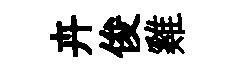
卉俊雞